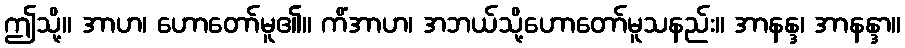
ဤသို့။ အာဟ၊ ဟောတော်မူ၏။ ကိံအာဟ၊ အဘယ်သို့ဟောတော်မူသနည်း။ အာနန္ဒ၊ အာနန္ဒာ။